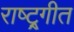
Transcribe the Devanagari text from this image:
राष्ट्र्गीत